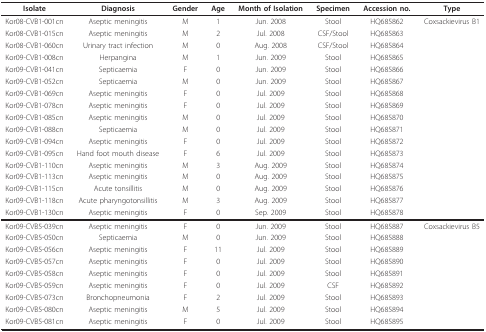
<table><thead><tr><td><b>Isolate</b></td><td><b>Diagnosis</b></td><td><b>Gender</b></td><td><b>Age</b></td><td><b>Month of Isolation</b></td><td><b>Specimen</b></td><td><b>Accession no.</b></td><td><b>Type</b></td></tr></thead><tbody><tr><td>Kor08-CVB1-001cn</td><td>Aseptic meningitis</td><td>M</td><td>1</td><td>Jun. 2008</td><td>Stool</td><td>HQ685862</td><td>Coxsackievirus B1</td></tr><tr><td>Kor08-CVB1-015cn</td><td>Aseptic meningitis</td><td>M</td><td>2</td><td>Jul. 2008</td><td>CSF/Stool</td><td>HQ685863</td><td>[EMPTY_CELL]</td></tr><tr><td>Kor08-CVB1-060cn</td><td>Urinary tract infection</td><td>M</td><td>0</td><td>Aug. 2008</td><td>CSF/Stool</td><td>HQ685864</td><td>[EMPTY_CELL]</td></tr><tr><td>Kor09-CVB1-008cn</td><td>Herpangina</td><td>M</td><td>1</td><td>Jun. 2009</td><td>Stool</td><td>HQ685865</td><td>[EMPTY_CELL]</td></tr><tr><td>Kor09-CVB1-041cn</td><td>Septicaemia</td><td>F</td><td>0</td><td>Jun. 2009</td><td>Stool</td><td>HQ685866</td><td>[EMPTY_CELL]</td></tr><tr><td>Kor09-CVB1-052cn</td><td>Septicaemia</td><td>M</td><td>0</td><td>Jun. 2009</td><td>Stool</td><td>HQ685867</td><td>[EMPTY_CELL]</td></tr><tr><td>Kor09-CVB1-069cn</td><td>Aseptic meningitis</td><td>F</td><td>0</td><td>Jul. 2009</td><td>Stool</td><td>HQ685868</td><td>[EMPTY_CELL]</td></tr><tr><td>Kor09-CVB1-078cn</td><td>Aseptic meningitis</td><td>F</td><td>0</td><td>Jul. 2009</td><td>Stool</td><td>HQ685869</td><td>[EMPTY_CELL]</td></tr><tr><td>Kor09-CVB1-085cn</td><td>Aseptic meningitis</td><td>M</td><td>0</td><td>Jul. 2009</td><td>Stool</td><td>HQ685870</td><td>[EMPTY_CELL]</td></tr><tr><td>Kor09-CVB1-088cn</td><td>Septicaemia</td><td>M</td><td>0</td><td>Jul. 2009</td><td>Stool</td><td>HQ685871</td><td>[EMPTY_CELL]</td></tr><tr><td>Kor09-CVB1-094cn</td><td>Aseptic meningitis</td><td>F</td><td>0</td><td>Jul. 2009</td><td>Stool</td><td>HQ685872</td><td>[EMPTY_CELL]</td></tr><tr><td>Kor09-CVB1-095cn</td><td>Hand foot mouth disease</td><td>F</td><td>6</td><td>Jul. 2009</td><td>Stool</td><td>HQ685873</td><td>[EMPTY_CELL]</td></tr><tr><td>Kor09-CVB1-110cn</td><td>Aseptic meningitis</td><td>M</td><td>3</td><td>Aug. 2009</td><td>Stool</td><td>HQ685874</td><td>[EMPTY_CELL]</td></tr><tr><td>Kor09-CVB1-113cn</td><td>Aseptic meningitis</td><td>M</td><td>0</td><td>Aug. 2009</td><td>Stool</td><td>HQ685875</td><td>[EMPTY_CELL]</td></tr><tr><td>Kor09-CVB1-115cn</td><td>Acute tonsillitis</td><td>M</td><td>0</td><td>Aug. 2009</td><td>Stool</td><td>HQ685876</td><td>[EMPTY_CELL]</td></tr><tr><td>Kor09-CVB1-118cn</td><td>Acute pharyngotonsillitis</td><td>M</td><td>3</td><td>Aug. 2009</td><td>Stool</td><td>HQ685877</td><td>[EMPTY_CELL]</td></tr><tr><td>Kor09-CVB1-130cn</td><td>Aseptic meningitis</td><td>F</td><td>0</td><td>Sep. 2009</td><td>Stool</td><td>HQ685878</td><td>[EMPTY_CELL]</td></tr><tr><td>Kor09-CVB5-039cn</td><td>Aseptic meningitis</td><td>F</td><td>0</td><td>Jun. 2009</td><td>Stool</td><td>HQ685887</td><td>Coxsackievirus B5</td></tr><tr><td>Kor09-CVB5-050cn</td><td>Septicaemia</td><td>M</td><td>0</td><td>Jun. 2009</td><td>Stool</td><td>HQ685888</td><td>[EMPTY_CELL]</td></tr><tr><td>Kor09-CVB5-056cn</td><td>Aseptic meningitis</td><td>F</td><td>11</td><td>Jul. 2009</td><td>Stool</td><td>HQ685889</td><td>[EMPTY_CELL]</td></tr><tr><td>Kor09-CVB5-057cn</td><td>Aseptic meningitis</td><td>F</td><td>0</td><td>Jul. 2009</td><td>Stool</td><td>HQ685890</td><td>[EMPTY_CELL]</td></tr><tr><td>Kor09-CVB5-058cn</td><td>Aseptic meningitis</td><td>F</td><td>0</td><td>Jul. 2009</td><td>Stool</td><td>HQ685891</td><td>[EMPTY_CELL]</td></tr><tr><td>Kor09-CVB5-059cn</td><td>Aseptic meningitis</td><td>F</td><td>0</td><td>Jul. 2009</td><td>CSF</td><td>HQ685892</td><td>[EMPTY_CELL]</td></tr><tr><td>Kor09-CVB5-073cn</td><td>Bronchopneumonia</td><td>F</td><td>2</td><td>Jul. 2009</td><td>Stool</td><td>HQ685893</td><td>[EMPTY_CELL]</td></tr><tr><td>Kor09-CVB5-080cn</td><td>Aseptic meningitis</td><td>M</td><td>5</td><td>Jul. 2009</td><td>Stool</td><td>HQ685894</td><td>[EMPTY_CELL]</td></tr><tr><td>Kor09-CVB5-081cn</td><td>Aseptic meningitis</td><td>F</td><td>0</td><td>Jul. 2009</td><td>Stool</td><td>HQ685895</td><td>[EMPTY_CELL]</td></tr></tbody></table>